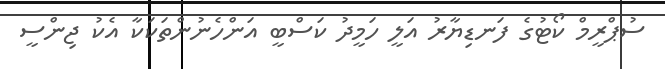
ސުޕްރީމް ކޯޓުގެ ފަނޑިޔާރު އަލީ ހަމީދު ކަސްބީ އަންހެނުންތަކަކާ އެކު ޖިންސީ